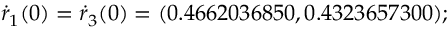
\dot { r } _ { 1 } ( 0 ) = \dot { r } _ { 3 } ( 0 ) = ( 0 . 4 6 6 2 0 3 6 8 5 0 , 0 . 4 3 2 3 6 5 7 3 0 0 ) ;